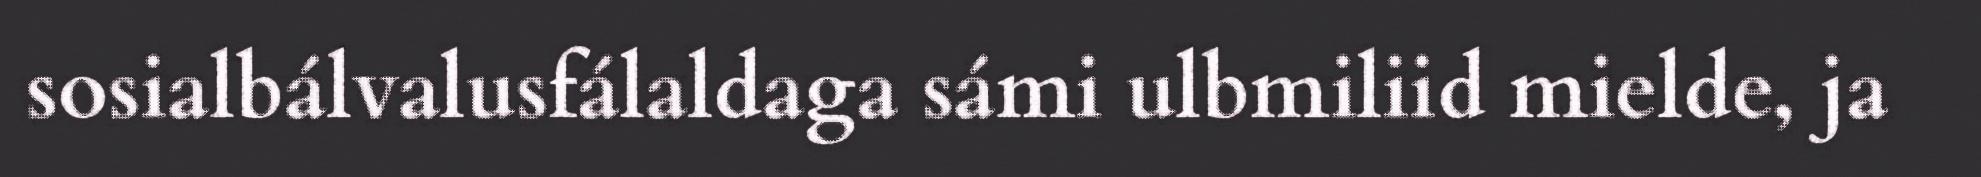
sosialbálvalusfálaldaga sámi ulbmiliid mielde, ja